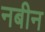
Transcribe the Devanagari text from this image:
नबीन